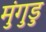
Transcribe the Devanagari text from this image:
मुंगुडु